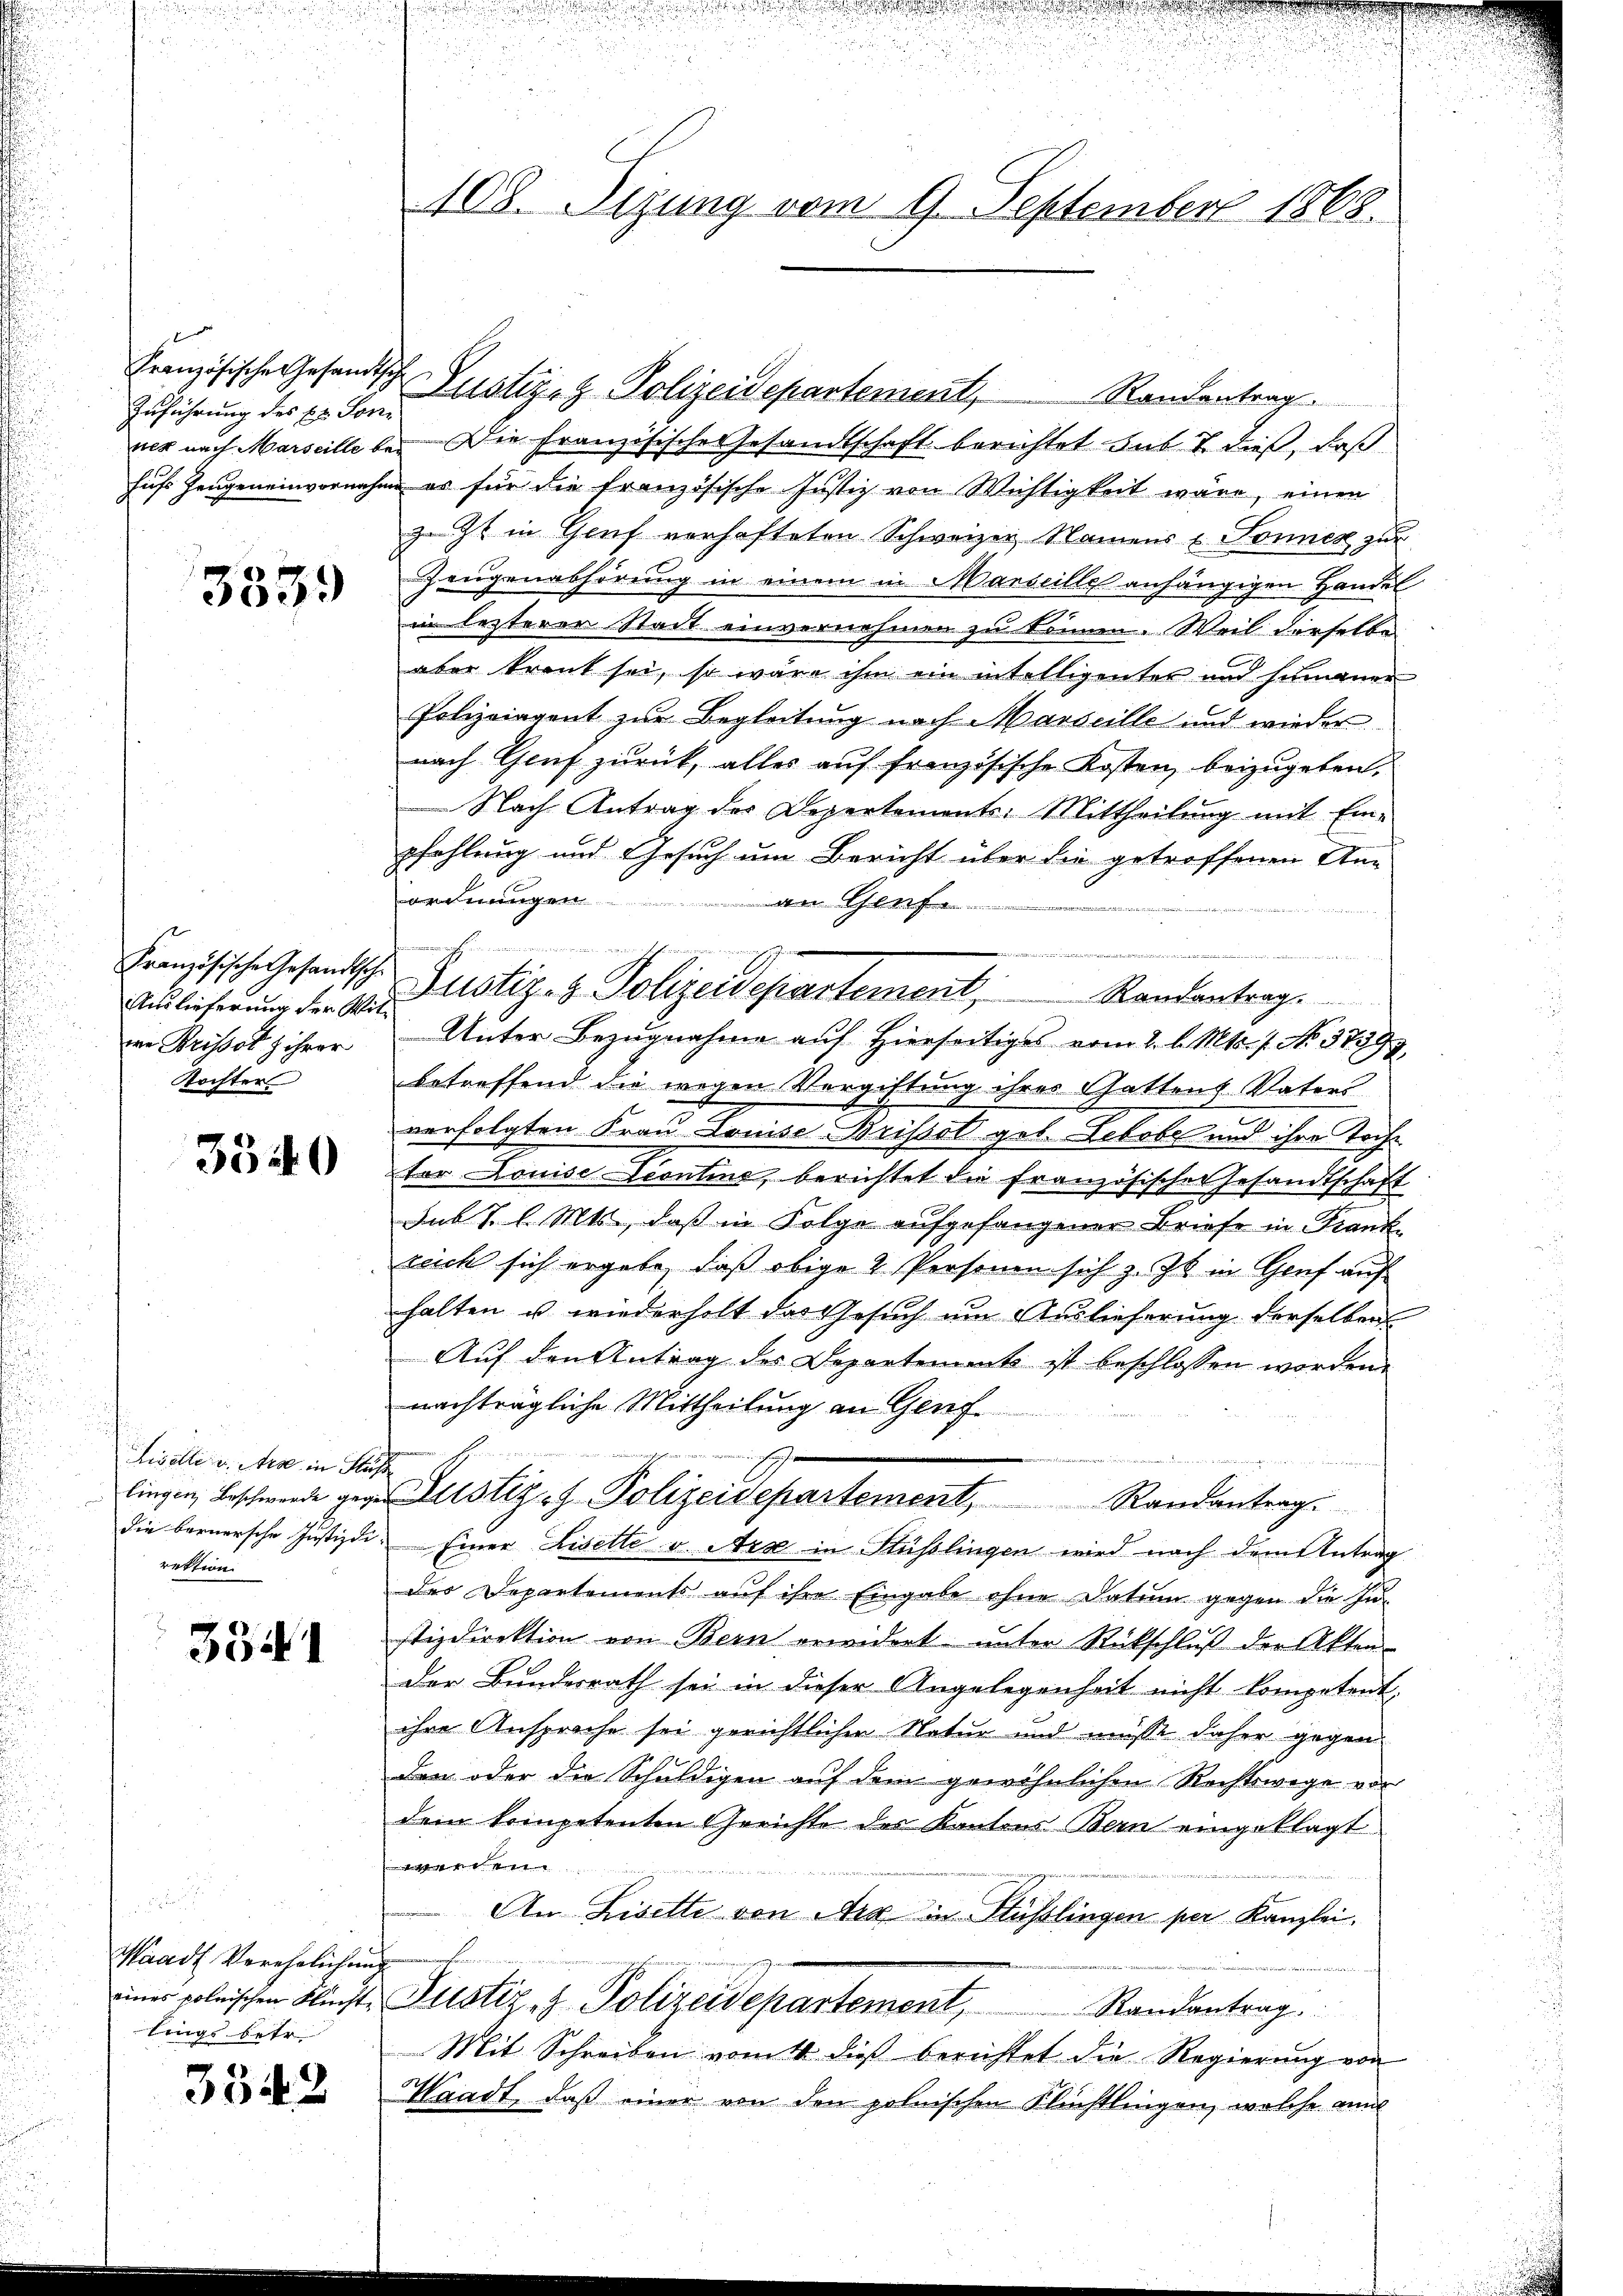
Zuführung des E. Sonn

3339

Auslieferung der Witwe Brissetz ihrer
Tochter

3340

Liselle v. Arse in Sta
lingen Beschwerde geg
die bernersche Justizdi
rektion.

3341

Waadt Verehelichens
lings betr.

3342

108. Sizung vom 9. September 1868.

Französische Gesandtsch Justiz- & Polizeidepartement, Randentrag.
ner nach Marseille bei die französische Gesandtschaft berichtet sub 7 dieß, daß
hufs Zeugeneinvernahme er für die französische Justiz von Wichtigkeit wäre, einen
z. Zt. in Genf verhafteten Schweizer Namens u Sonnen zur
Zeugenabhörung in einem in Marseille anhängigen Handel
in lezteren Stadt einvernehmen zu können. Weil derselbe
aber kraut sei, so wäre ihm ein intelligenter und humaner
Polizeigent zur Begleitung nach Marseille und wieder
nach Genf zurück, alles auf französische Kosten beizugeben,
Nach Antrag des Depertements: Mittheilung mit Einpfehlung und Gesuch um Bericht über die getroffenen Anan Graf

n
Unter Bezugnahme auf Hierseitiges vom 2. l. Mts. f. No. 3799
betreffend die wegen Vergiftung ihres Gattens Vaters
verfolgten Frau Louise Brissot geb. Lebobe und ihre Sache
ter Louise Leontine, berichtet die französischer Gesandtschaft
sub 7 l. Mts., daß in Folge aufgefangener Briefe in Frank
zeich sich ergebe, daß obige 2 Personen sich z. Z. in Genf auf
halten u. wiederholt das Gesuch um Auslieferung derselben
Auf den Antrag des Departements ist beschlossen worden.
nachträgliche Mittheilung an Genf
a
Justiges Polizeidepartement, Randentrag
.Einer Liselle v. Arx in Süsslingen wird nach dem Antrag
des Departements auf ihre Eingabe ohne Datum gegen die In-
stizdirektion von Bern erwidert unter Rückschluß der Akten-
der Bundesrath sei in dieser Angelegenheit nicht kompetent,
ihre Ansprache sei gerichtlicher Natur und müsse daher gegen
den oder die Schuldigen auf dem gewöhnlichen Rechtswege vor
dem kompetenten Gerichte des Kantons Bern eingeklagt
e
An Lisette von Arx in Stüsslingen per Kanzlei.
einer polnischen Fleiste Justiz & Polizeidepartement,
Randantrag
Mit Schreiben vom 4 dieß berichtet die Regierung von
Waadt, daß einer von den polnischen Flüchtlingen, welche au

e werden der eine. In finderen
Französische Gesandtsche Justiz- & Polizeidepartement, Randantrag.